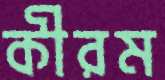
কীরম